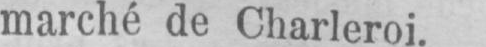
marché de Charleroi.